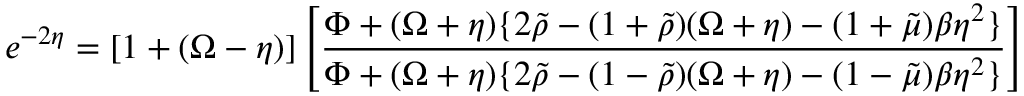
e ^ { - 2 \eta } = [ 1 + ( \Omega - \eta ) ] \left[ \frac { \Phi + ( \Omega + \eta ) \{ 2 \Tilde { \rho } - ( 1 + \Tilde { \rho } ) ( \Omega + \eta ) - ( 1 + \Tilde { \mu } ) \beta \eta ^ { 2 } \} } { \Phi + ( \Omega + \eta ) \{ 2 \Tilde { \rho } - ( 1 - \Tilde { \rho } ) ( \Omega + \eta ) - ( 1 - \Tilde { \mu } ) \beta \eta ^ { 2 } \} } \right]